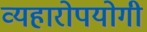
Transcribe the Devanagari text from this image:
व्यहारोपयोगी